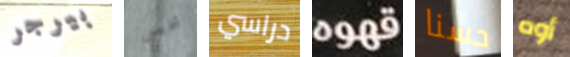
بيرجر شخص دراسي قهوه حسنا أوه